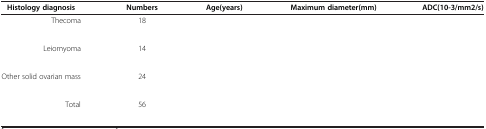
<table><thead><tr><td><b>Histology diagnosis</b></td><td><b>Numbers</b></td><td><b>Age(years)</b></td><td><b>Maximum diameter(mm)</b></td><td><b>ADC(10-3/mm2/s)</b></td></tr></thead><tbody><tr><td>Thecoma</td><td>18</td><td>[EMPTY_CELL]</td><td>[EMPTY_CELL]</td><td>[EMPTY_CELL]</td></tr><tr><td>[EMPTY_CELL]</td><td>[EMPTY_CELL]</td><td>[EMPTY_CELL]</td><td>[EMPTY_CELL]</td><td>[EMPTY_CELL]</td></tr><tr><td>Leiomyoma</td><td>14</td><td>[EMPTY_CELL]</td><td>[EMPTY_CELL]</td><td>[EMPTY_CELL]</td></tr><tr><td>[EMPTY_CELL]</td><td>[EMPTY_CELL]</td><td>[EMPTY_CELL]</td><td>[EMPTY_CELL]</td><td>[EMPTY_CELL]</td></tr><tr><td>Other solid ovarian mass</td><td>24</td><td>[EMPTY_CELL]</td><td>[EMPTY_CELL]</td><td>[EMPTY_CELL]</td></tr><tr><td>[EMPTY_CELL]</td><td>[EMPTY_CELL]</td><td>[EMPTY_CELL]</td><td>[EMPTY_CELL]</td><td>[EMPTY_CELL]</td></tr><tr><td>Total</td><td>56</td><td>[EMPTY_CELL]</td><td>[EMPTY_CELL]</td><td>[EMPTY_CELL]</td></tr><tr><td>[EMPTY_CELL]</td><td>[EMPTY_CELL]</td><td>[EMPTY_CELL]</td><td>[EMPTY_CELL]</td><td>[EMPTY_CELL]</td></tr></tbody></table>